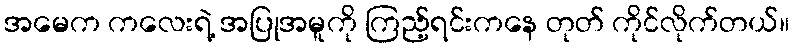
အမေက ကလေးရဲ့ အပြုအမူကို ကြည့်ရင်းကနေ တုတ် ကိုင်လိုက်တယ်။